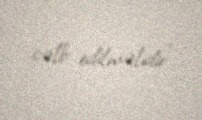
cəlb edilməlidir”.